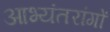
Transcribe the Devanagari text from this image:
आभ्यंतरांगों